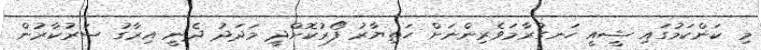
މި ކަންކަމުގައި ޝީއީ ހަނގުރާމަވެރިންނަށް ހަތިޔާރު ފޯރުކޮށްދީ މަދަދު ދެނީ އިރާގު ސަރުކާރުން